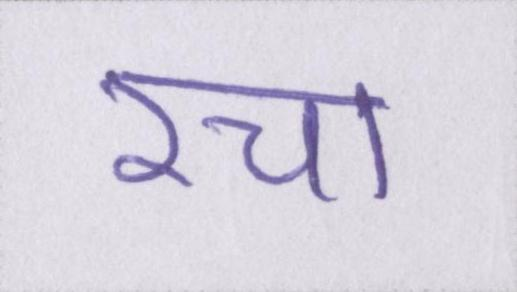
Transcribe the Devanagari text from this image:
रचा